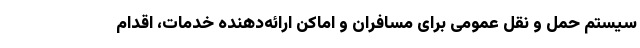
سیستم حمل و نقل عمومی برای مسافران و اماکن ارائه‌دهنده خدمات، اقدام